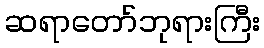
ဆရာတော်ဘုရားကြီး